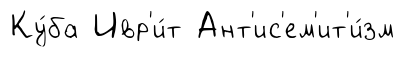
Ку́ба Ивр'и́т Ант'ис'ем'ит'и́зм